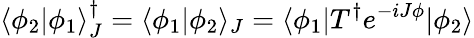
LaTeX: \langle\phi_{2}|\phi_{1}\rangle_{J}^{\dagger}=\langle\phi_{1}|\phi_{2}\rangle_{J}=\langle\phi_{1}|T^{\dagger}e^{-iJ\phi}|\phi_{2}\rangle